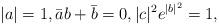
LaTeX: \begin{align*}|a|=1, \bar{a}b+\bar{b}=0, |c|^2e^{|b|^2}=1,\end{align*}